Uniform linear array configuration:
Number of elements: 8
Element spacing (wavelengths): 0.75
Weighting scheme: cosine
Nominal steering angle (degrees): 15
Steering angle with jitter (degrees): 16.815
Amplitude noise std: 0.05
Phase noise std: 0.05

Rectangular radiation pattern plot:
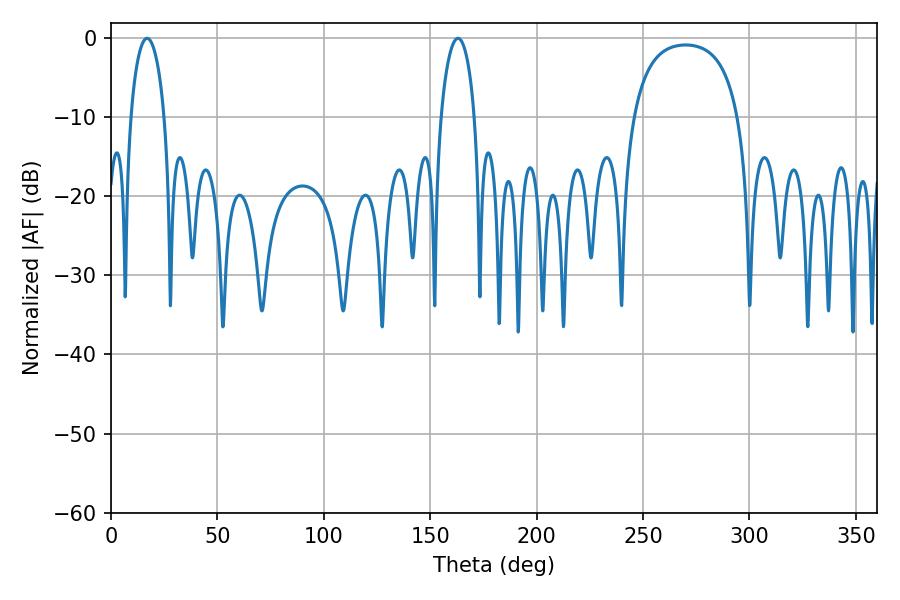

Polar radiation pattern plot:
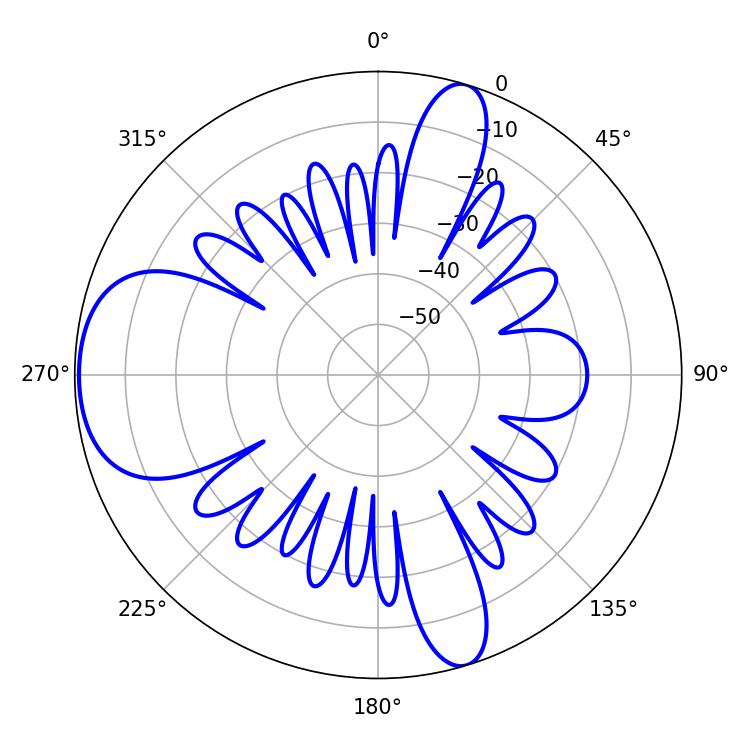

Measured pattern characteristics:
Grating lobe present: TRUE
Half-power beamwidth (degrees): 9.18
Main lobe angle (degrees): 16.92